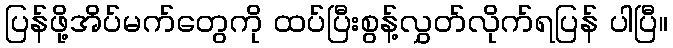
ပြန်ဖို့အိပ်မက်တွေကို ထပ်ပြီးစွန့်လွှတ်လိုက်ရပြန် ပါပြီ။